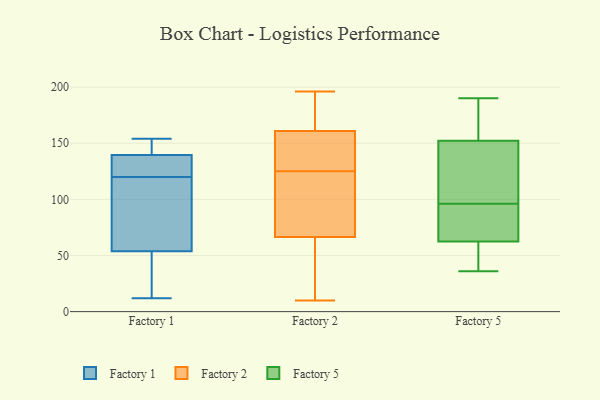
{"axis": {"x": "LTV (USD)", "y": "Value"}, "legend": ["Factory 1", "Factory 2", "Factory 5"], "data": [{"x": "", "y": 12, "type": "Factory 1"}, {"x": "", "y": 150, "type": "Factory 1"}, {"x": "", "y": 59, "type": "Factory 1"}, {"x": "", "y": 120, "type": "Factory 1"}, {"x": "", "y": 141, "type": "Factory 1"}, {"x": "", "y": 154, "type": "Factory 1"}, {"x": "", "y": 134, "type": "Factory 1"}, {"x": "", "y": 74, "type": "Factory 1"}, {"x": "", "y": 52, "type": "Factory 1"}, {"x": "", "y": 30, "type": "Factory 1"}, {"x": "", "y": 135, "type": "Factory 1"}, {"x": "", "y": 63, "type": "Factory 2"}, {"x": "", "y": 196, "type": "Factory 2"}, {"x": "", "y": 182, "type": "Factory 2"}, {"x": "", "y": 85, "type": "Factory 2"}, {"x": "", "y": 128, "type": "Factory 2"}, {"x": "", "y": 143, "type": "Factory 2"}, {"x": "", "y": 121, "type": "Factory 2"}, {"x": "", "y": 70, "type": "Factory 2"}, {"x": "", "y": 122, "type": "Factory 2"}, {"x": "", "y": 142, "type": "Factory 2"}, {"x": "", "y": 130, "type": "Factory 2"}, {"x": "", "y": 43, "type": "Factory 2"}, {"x": "", "y": 183, "type": "Factory 2"}, {"x": "", "y": 10, "type": "Factory 2"}, {"x": "", "y": 60, "type": "Factory 2"}, {"x": "", "y": 179, "type": "Factory 2"}, {"x": "", "y": 86, "type": "Factory 5"}, {"x": "", "y": 158, "type": "Factory 5"}, {"x": "", "y": 135, "type": "Factory 5"}, {"x": "", "y": 56, "type": "Factory 5"}, {"x": "", "y": 93, "type": "Factory 5"}, {"x": "", "y": 190, "type": "Factory 5"}, {"x": "", "y": 125, "type": "Factory 5"}, {"x": "", "y": 101, "type": "Factory 5"}, {"x": "", "y": 158, "type": "Factory 5"}, {"x": "", "y": 96, "type": "Factory 5"}, {"x": "", "y": 164, "type": "Factory 5"}, {"x": "", "y": 82, "type": "Factory 5"}, {"x": "", "y": 36, "type": "Factory 5"}, {"x": "", "y": 42, "type": "Factory 5"}, {"x": "", "y": 55, "type": "Factory 5"}]}